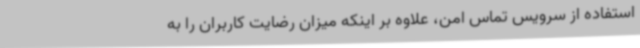
استفاده از سرویس تماس امن، علاوه بر اینکه میزان رضایت کاربران را به